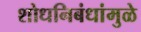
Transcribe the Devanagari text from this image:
शोधनिबंधांमुळे